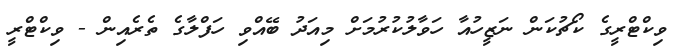
ވިކްޓްރީގެ ކޯޗުކަން ނަޒީހުއާ ހަވާލުކުރުމަށް މިއަދު ބޭއްވި ހަފްލާގެ ތެރެއިން - ވިކްޓްރީ